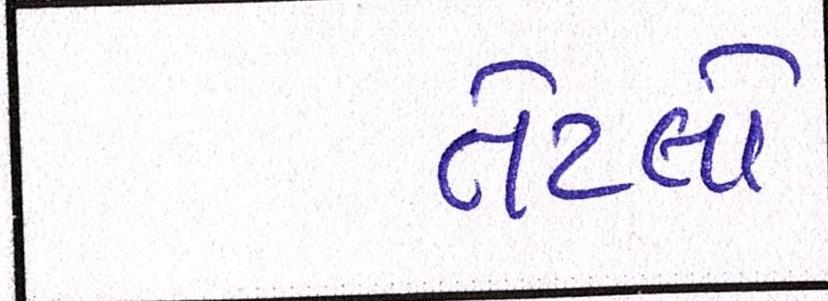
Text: તેટલો